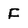
Character: f